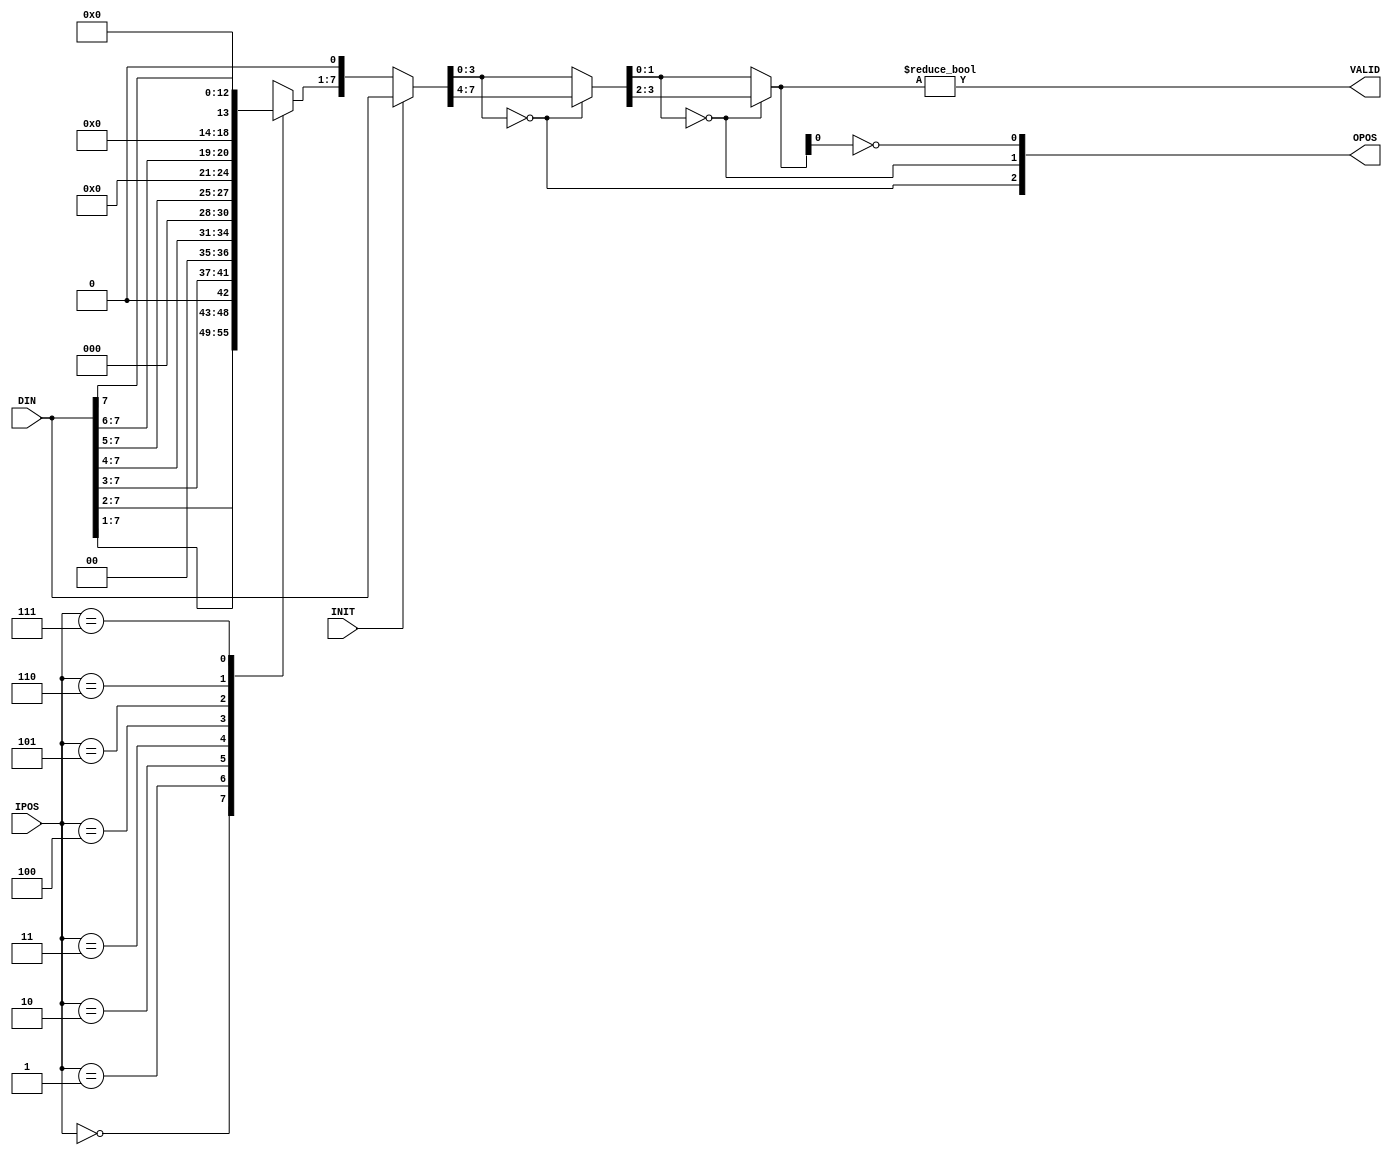
module REG_LIST ( DIN, IPOS, INIT, OPOS, VALID);
	input	 [7:0]	DIN;
	input	 [2:0]	IPOS;
	input			INIT;
	output	 [2:0]	OPOS;
	output			VALID;
	reg		 [7:1]	filter;
	wire	 [7:0]	mdat_0;
	wire	 [3:0]	mdat_1;
	wire	 [1:0]	mdat_2;
	always @(IPOS or DIN)
		case (IPOS)
		  3'd0 : filter =  DIN[7:1];
		  3'd1 : filter = {DIN[7:2],1'b0};
		  3'd2 : filter = {DIN[7:3],2'b0};
		  3'd3 : filter = {DIN[7:4],3'b0};
		  3'd4 : filter = {DIN[7:5],4'b0};
		  3'd5 : filter = {DIN[7:6],5'b0};
		  3'd6 : filter = {DIN[7]  ,6'b0};
		  3'd7 : filter =           7'b0;
		endcase
	assign mdat_0  = INIT ? DIN : {filter,1'b0};
	assign OPOS[2] = (mdat_0[3:0] == 4'h0);
	assign mdat_1  = OPOS[2] ? mdat_0[7:4] : mdat_0[3:0];
	assign OPOS[1] = (mdat_1[1:0] == 2'b00);
	assign mdat_2  = OPOS[1] ? mdat_1[3:2] : mdat_1[1:0];
	assign OPOS[0] = ~mdat_2[0];
	assign VALID   = (mdat_2 != 2'b00);
endmodule